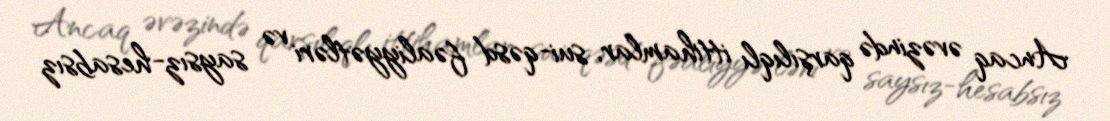
Ancaq əvəzində qarşılıqlı ittihamlar, sui-qəsd fəaliyyətləri və saysız-hesabsız